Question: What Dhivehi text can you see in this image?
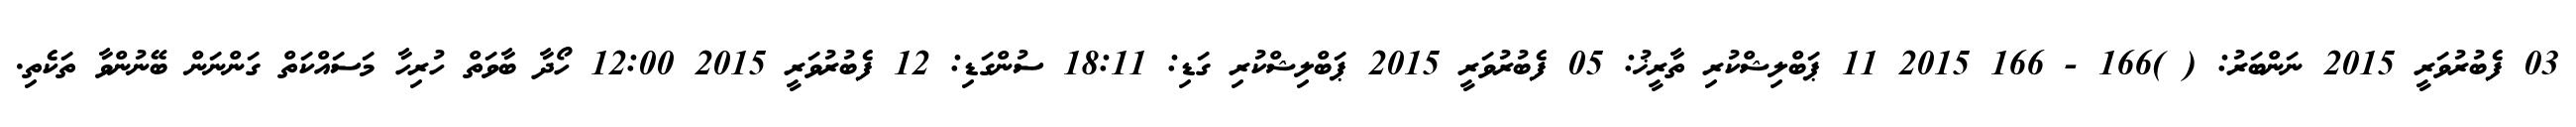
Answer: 03 ފެބުރުވަރީ 2015 ނަންބަރު: ( )166 - 166 2015 11 ޕަބްލިޝްކުރި ތާރީޚު: 05 ފެބުރުވަރީ 2015 ޕަބްލިޝްކުރި ގަޑި: 18:11 ސުންގަޑި: 12 ފެބުރުވަރީ 2015 12:00 ހޯދާ ބާވަތް ހުރިހާ މަސައްކަތް ގަންނަން ބޭނުންވާ ތަކެތި.